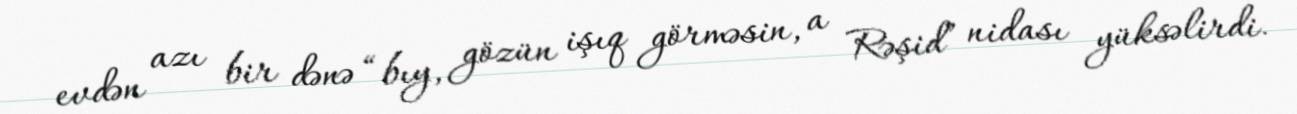
evdən azı bir dənə “bıy, gözün işıq görməsin, a Rəşid” nidası yüksəlirdi.